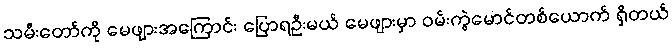
သမီးတော်ကို မေဖျားအကြောင်း ပြောရဦးမယ် မေဖျားမှာ ဝမ်းကွဲမောင်တစ်ယောက် ရှိတယ်